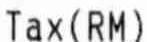
TAX(RM)